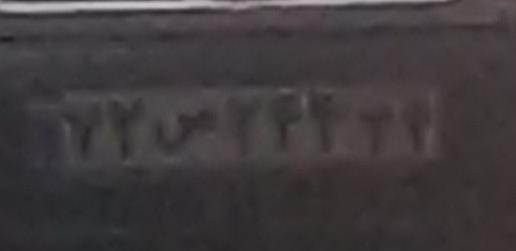
۷۲ص۷۴۴۳۴